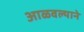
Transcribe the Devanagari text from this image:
आळवल्याने